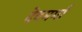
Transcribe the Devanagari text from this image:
देवमर्मा